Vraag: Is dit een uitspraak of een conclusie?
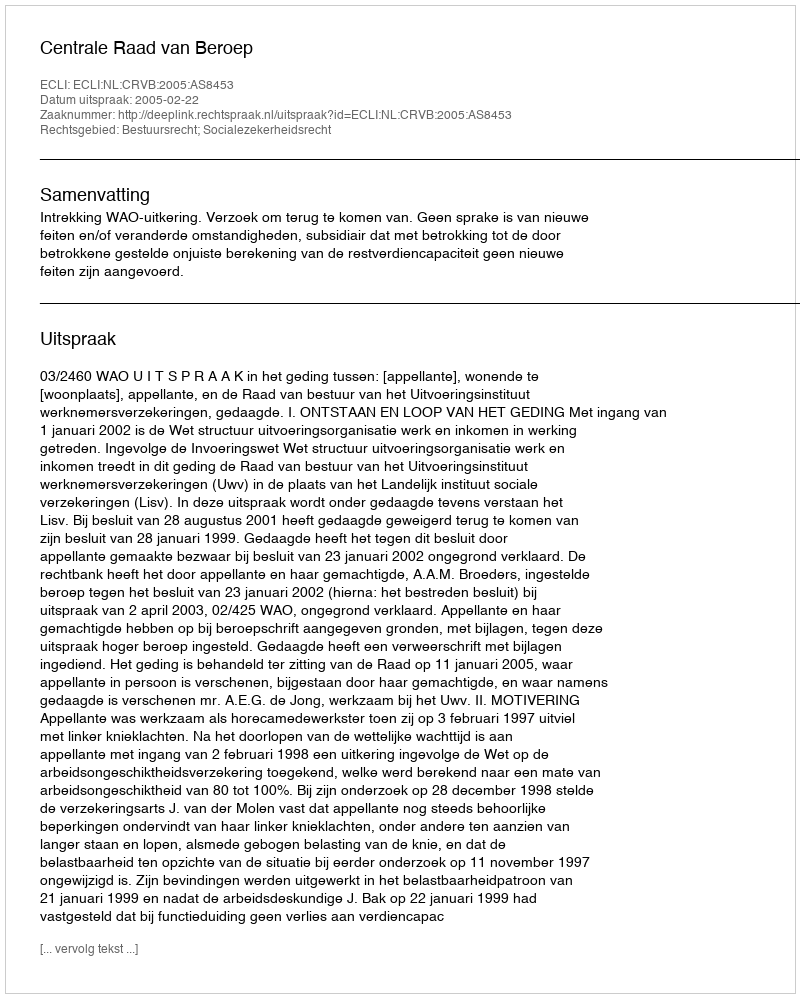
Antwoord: Uitspraak